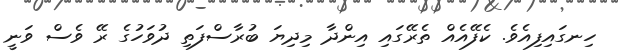
ހިނގައިފިއެވެ. ކެފޭއެއް ތެރޭގައި އިންދާ މިދިޔަ ބުރާސްފަތި ދުވަހުގެ ރޭ ވެސް ވަނީ